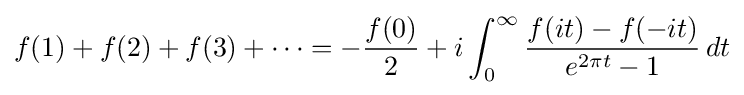
f(1)+f(2)+f(3)+\cdots =-{\frac {f(0)}{2}}+i\int _{0}^{\infty }{\frac {f(it)-f(-it)}{e^{2\pi t}-1}}\,dt